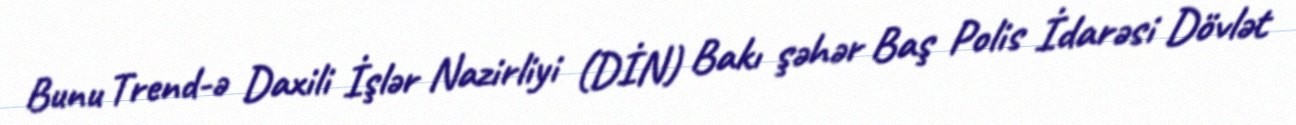
Bunu Trend-ə Daxili İşlər Nazirliyi (DİN) Bakı şəhər Baş Polis İdarəsi Dövlət